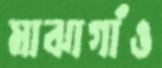
মাঝাগাঁও